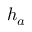
h _ { a }